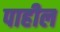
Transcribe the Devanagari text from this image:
पाहील